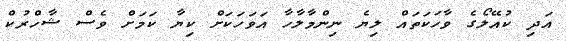
އަދި ކުއޭލޯގެ ވާހަކަތައް ލިޔެ ނިންމާލާހާ އަވަަހަކަށް ކިޔާ ކަމަށް ވެސް ޝާހްރުކް